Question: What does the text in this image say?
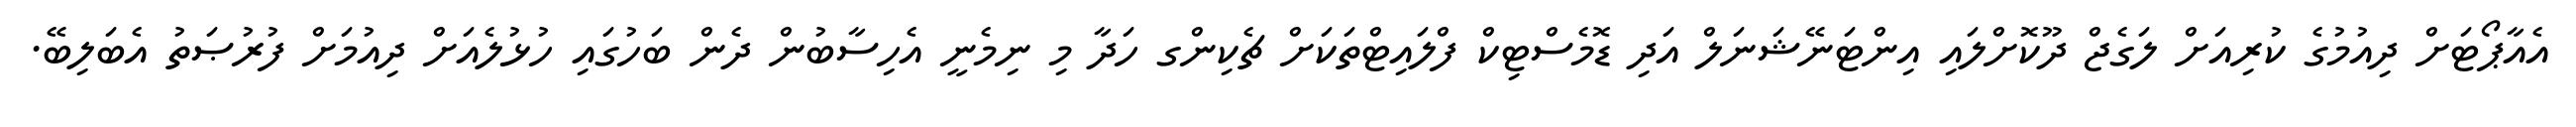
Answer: އެއާޕޯޓަށް ދިއުމުގެ ކުރިއަށް ލަގެޖް ދޫކޮށްލައި އިންޓަނޭޝަނަލް އަދި ޑޮމެސްޓިކް ފްލައިޓްތަކަށް ޗެކިންގ ހަދާ މި ނިމެނީ އެހިސާބުން ދެން ބަހުގައި ހުޅުލެއަށް ދިއުމަށް ފުރުޞަތު އެބަލިބޭ.